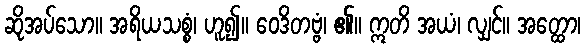
ဆိုအပ်သော။ အရိယသစ္စံ၊ ဟူ၍။ ဝေဒိတဗ္ဗံ၊ ၏။ ဣတိ အယံ၊ လျှင်။ အတ္ထော၊